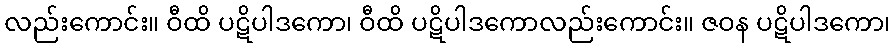
လည်းကောင်း။ ဝီထိ ပဋိပါဒကော၊ ဝီထိ ပဋိပါဒကောလည်းကောင်း။ ဇဝန ပဋိပါဒကော၊